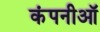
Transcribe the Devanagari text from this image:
कंपनीऑ